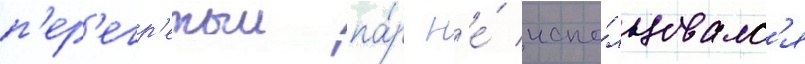
п'ер'егр'етыи па́р н'е́ испо́льзовалс'я